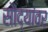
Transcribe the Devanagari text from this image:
सौद्यांवर